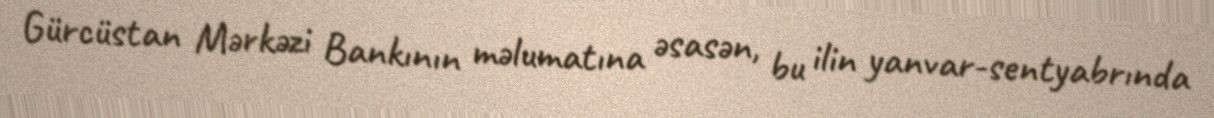
Gürcüstan Mərkəzi Bankının məlumatına əsasən, bu ilin yanvar-sentyabrında